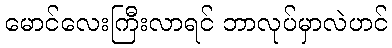
မောင်လေးကြီးလာရင် ဘာလုပ်မှာလဲဟင်